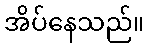
အိပ်နေသည်။